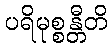
ပရိမုစ္စန္တီတိ